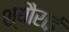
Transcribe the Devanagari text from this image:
श्यौराई